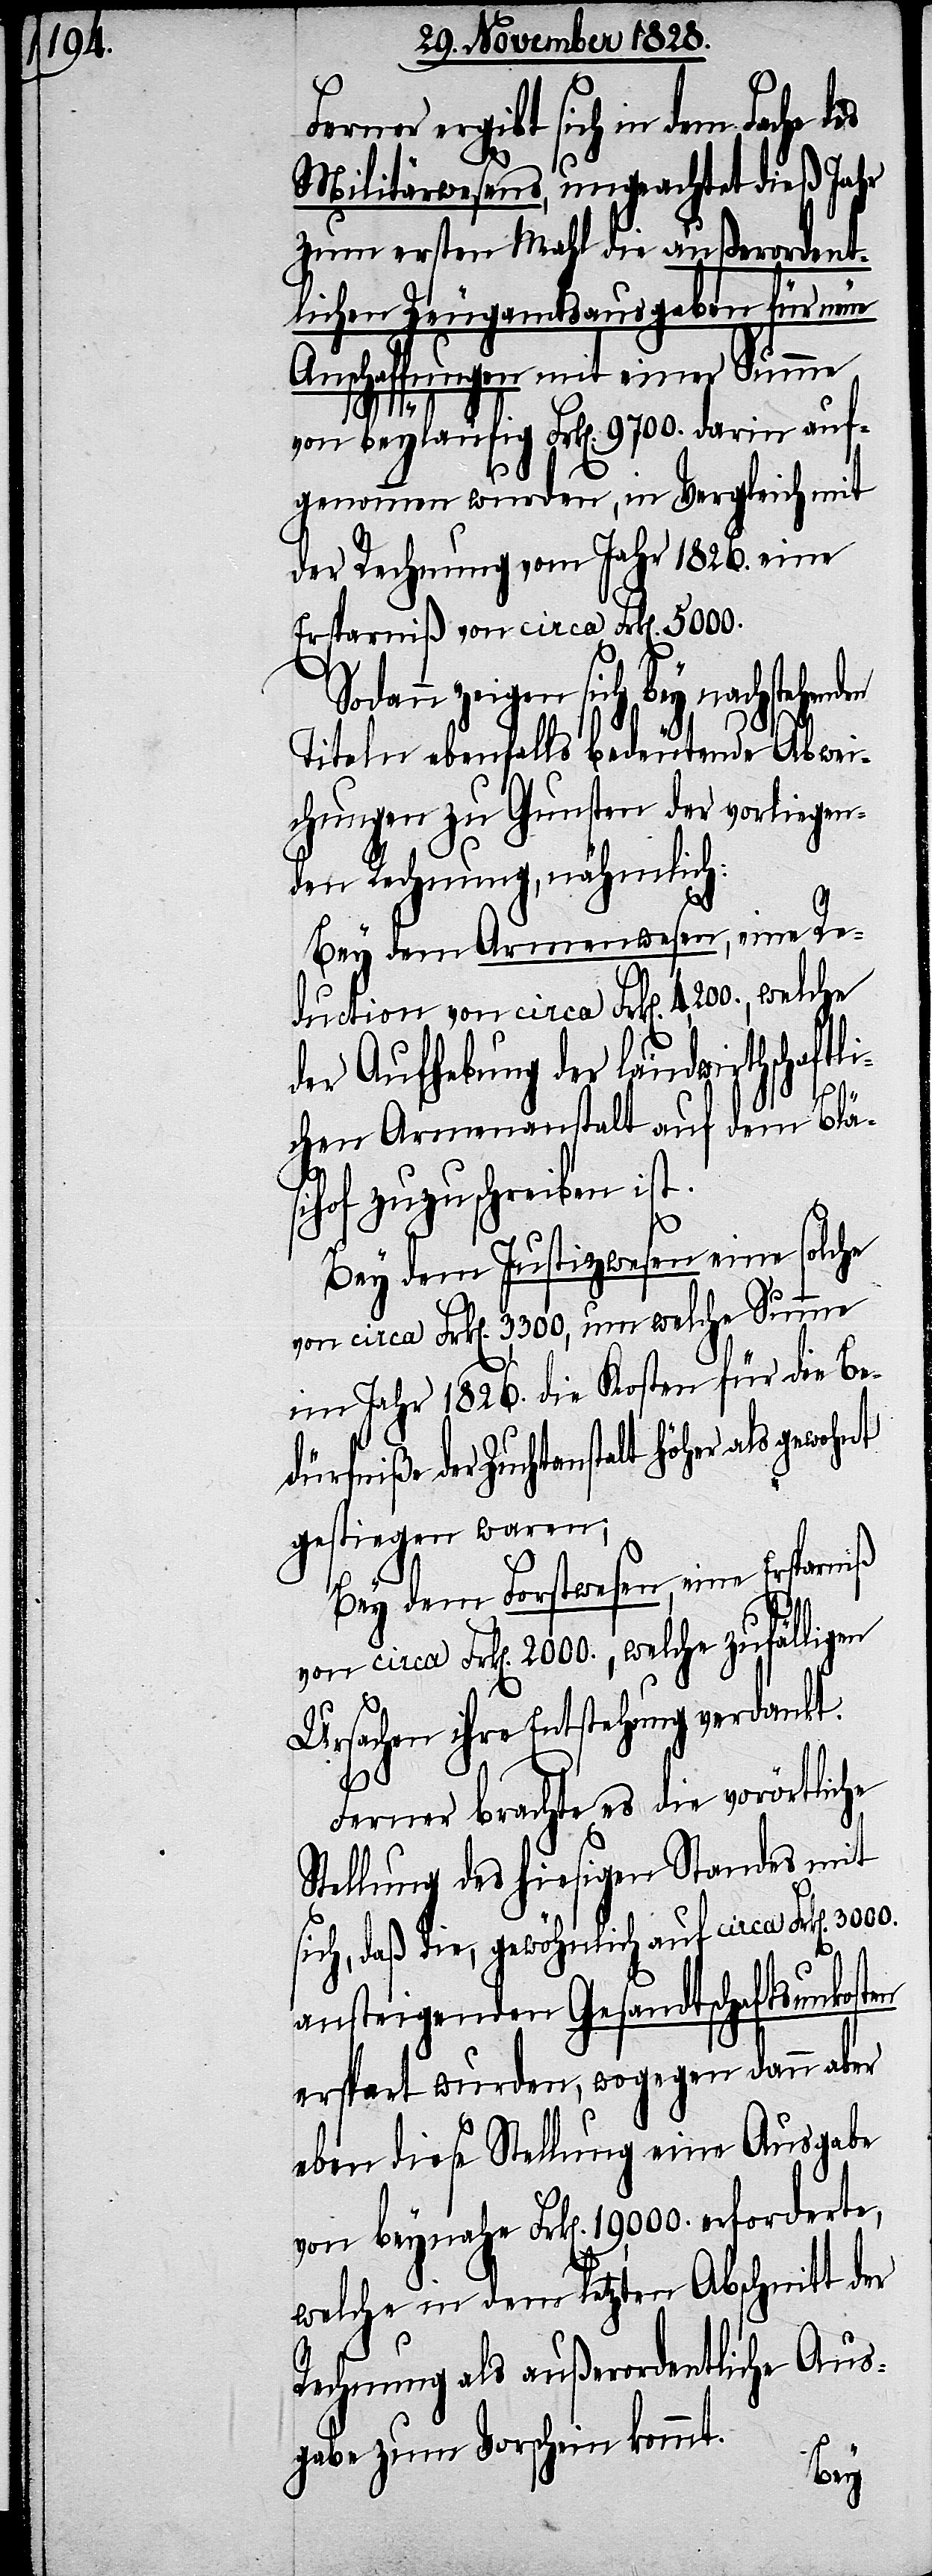
Ferner ergibt sich in dem Fache
Militärwesens, ungeachtet dieß Jahr
zum ersten Mahl die außerordent¬
lichen Zeugamtsausgaben für neue
Anschaffungen mit einer Summe
19,000.
en
von beyläufig Frk[en]. 9700. darin auf¬
genommen wurde, in Vergleich mit
der Rechnung vom Jahr 1826. eine
Ersparniß von circa Frk[en]. 5000.
dann zeigen sich bey nachstehend¬
Titeln ebenfalls bedeutende Abwei¬
chungen zu Gunsten der vorliegen¬
den Rechnung, nähmlich:
Bey dem Armenwesen, eine Re¬
duction von circa Frk[en]. 4,200., welche
der Aufhebung der landwirthschaftl¬
ichen Armenanstalt auf dem Bläs¬
ihof zuzuschreiben ist.
niß
Bey dem Justizwesen eine solche
von circa Frk[en]. 3,300, um welche Summe
im Jahr 1826. die Kosten für die Be¬
dürfniße der Zuchtanstalt höher als
gestiegen waren;
Bey dem Forstwesen, eine Erspar¬
von circa Frk[en]. 2000., welche zufälligen
Ursachen ihre Entstehung verdankt.
Ferner brachte es die vorörtliche
Stellung des hiesigen Standes mit
sich, daß die, gewöhnlich auf circa Frk[en].
ansteigenden Gesandtschaftsunkosten
erspart wurden, wogegen dann aber
eben diese Stellung eine Ausgabe
welche in dem letzten Abschnitt der
Rechnung als außerordentliche Aus¬
gabe zum Vorschein kommt.